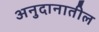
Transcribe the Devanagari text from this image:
अनुदानातील